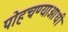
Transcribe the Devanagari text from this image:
पोहचण्याआधी